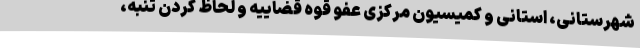
شهرستانی، استانی و کمیسیون مرکزی عفو قوه قضاییه و لحاظ کردن تنبه،